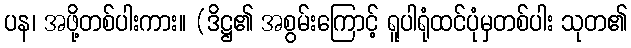
ပန၊ အဖို့တစ်ပါးကား။ (ဒိဋ္ဌ၏ အစွမ်းကြောင့် ရူပါရုံထင်ပုံမှတစ်ပါး သုတ၏